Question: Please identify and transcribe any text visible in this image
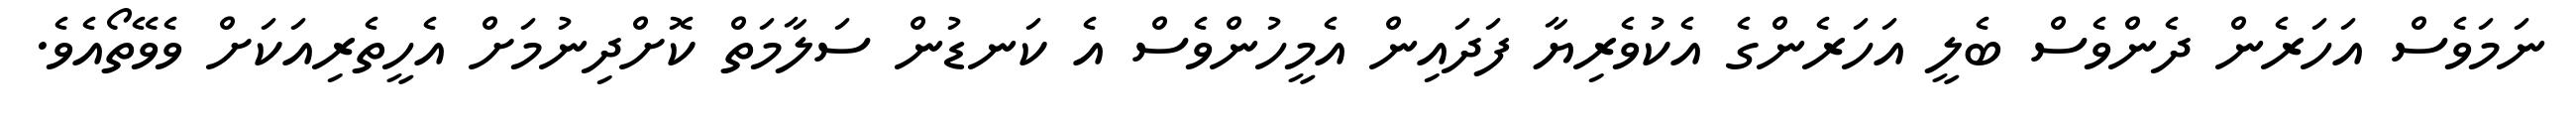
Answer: ނަމަވެސް އަހަރެން ދެންވެސް ބެލީ އަހަރެންގެ އެކުވެރިޔާ ފަދައިން އެމީހުންވެސް އެ ކަނޑުން ސަލާމަތް ކޮށްދިނުމަށް އެހީތެރިއަކަށް ވެވޭތޯއެވެ.